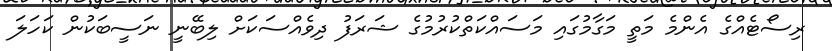
ރިސޯޓެއްގެ އެންމެ މަތީ މަގާމުގައި މަސައްކަތްކުރުމުގެ ޝަރަފު ދިވެއްސަކަށް ލިބޭނީ ނަސީބަކުން ކަހަލަ